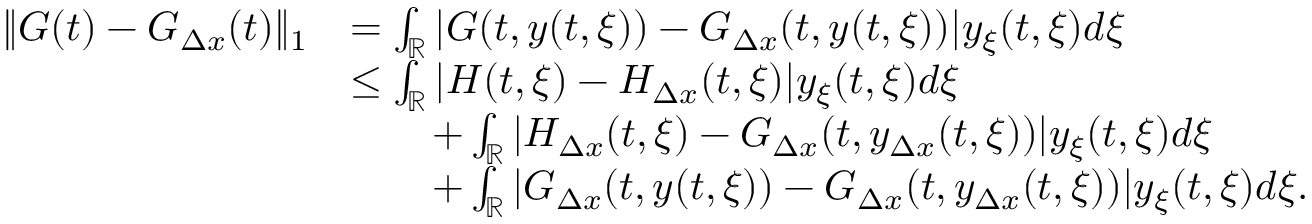
\begin{array} { r l } { \| G ( t ) - G _ { \Delta x } ( t ) \| _ { 1 } } & { = \int _ { \mathbb { R } } | G ( t , y ( t , \xi ) ) - G _ { \Delta x } ( t , y ( t , \xi ) ) | y _ { \xi } ( t , \xi ) d \xi } \\ & { \leq \int _ { \mathbb { R } } | H ( t , \xi ) - H _ { \Delta x } ( t , \xi ) | y _ { \xi } ( t , \xi ) d \xi } \\ & { \qquad + \int _ { \mathbb { R } } | H _ { \Delta x } ( t , \xi ) - G _ { \Delta x } ( t , y _ { \Delta x } ( t , \xi ) ) | y _ { \xi } ( t , \xi ) d \xi } \\ & { \qquad + \int _ { \mathbb { R } } | G _ { \Delta x } ( t , y ( t , \xi ) ) - G _ { \Delta x } ( t , y _ { \Delta x } ( t , \xi ) ) | y _ { \xi } ( t , \xi ) d \xi . } \end{array}